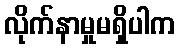
လိုက်နာမှုမရှိပါက